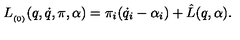
L _ { _ { ( 0 ) } } ( q , \dot { q } , \pi , \alpha ) = \pi _ { i } ( \dot { q } _ { i } - \alpha _ { i } ) + \hat { L } ( q , \alpha ) .